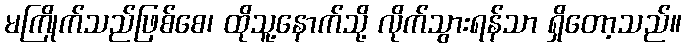
မကြိုက်သည်ဖြစ်စေ၊ ထိုသူ့နောက်သို့ လိုက်သွားရန်သာ ရှိတော့သည်။